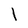
Character: 1